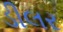
ડીલર